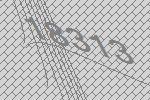
18313